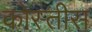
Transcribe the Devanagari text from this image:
कोस्तीस